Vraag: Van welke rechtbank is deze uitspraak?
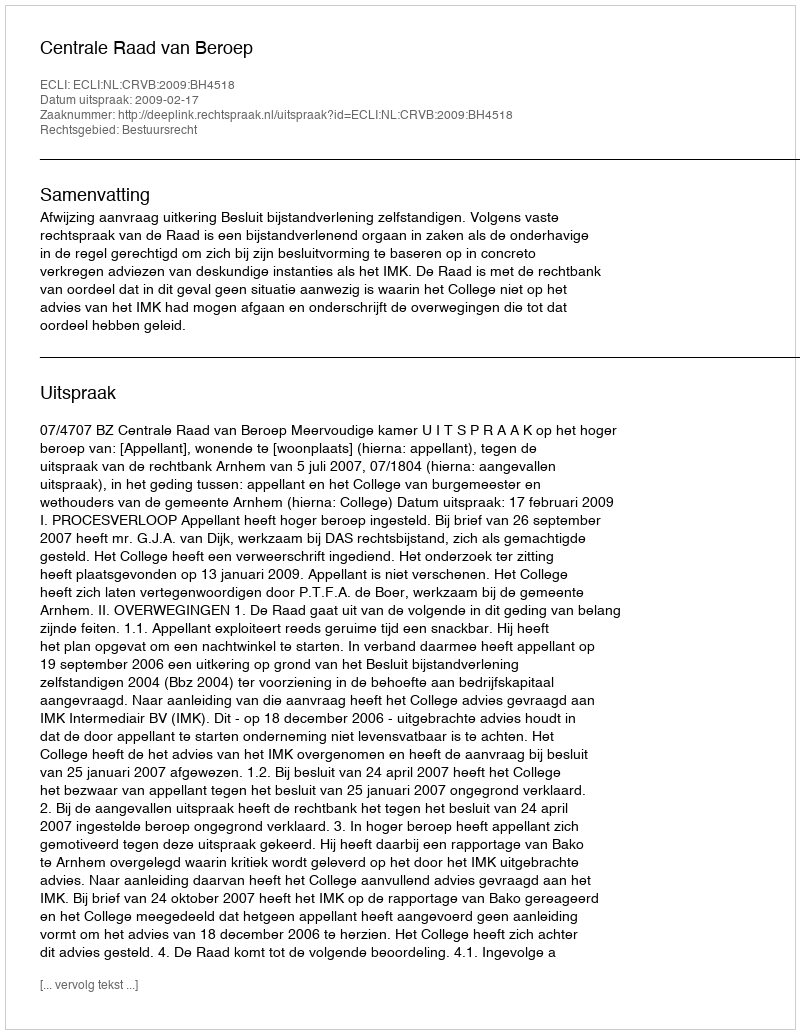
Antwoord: Centrale Raad van Beroep